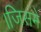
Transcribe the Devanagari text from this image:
।जिसमे